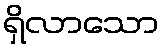
ရှိလာသော